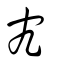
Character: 宄